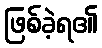
ဖြစ်ခဲ့ရ၏